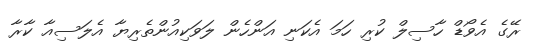
ރޭގެ އެވޯޑް ހާސިލް ކުރި ހަމަ އެކަނި އަންހެން ލަވަކިއުންތެރިޔާ އެލަސިއާ ކާރާ